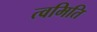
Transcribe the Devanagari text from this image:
त्वमिति